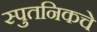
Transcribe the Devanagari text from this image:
स्पुतनिकचे